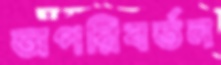
অপরিবর্তন